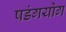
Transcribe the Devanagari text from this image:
षडंगयोग